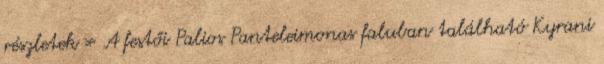
részletek » A festői Palios Panteleimonas faluban található Kyrani